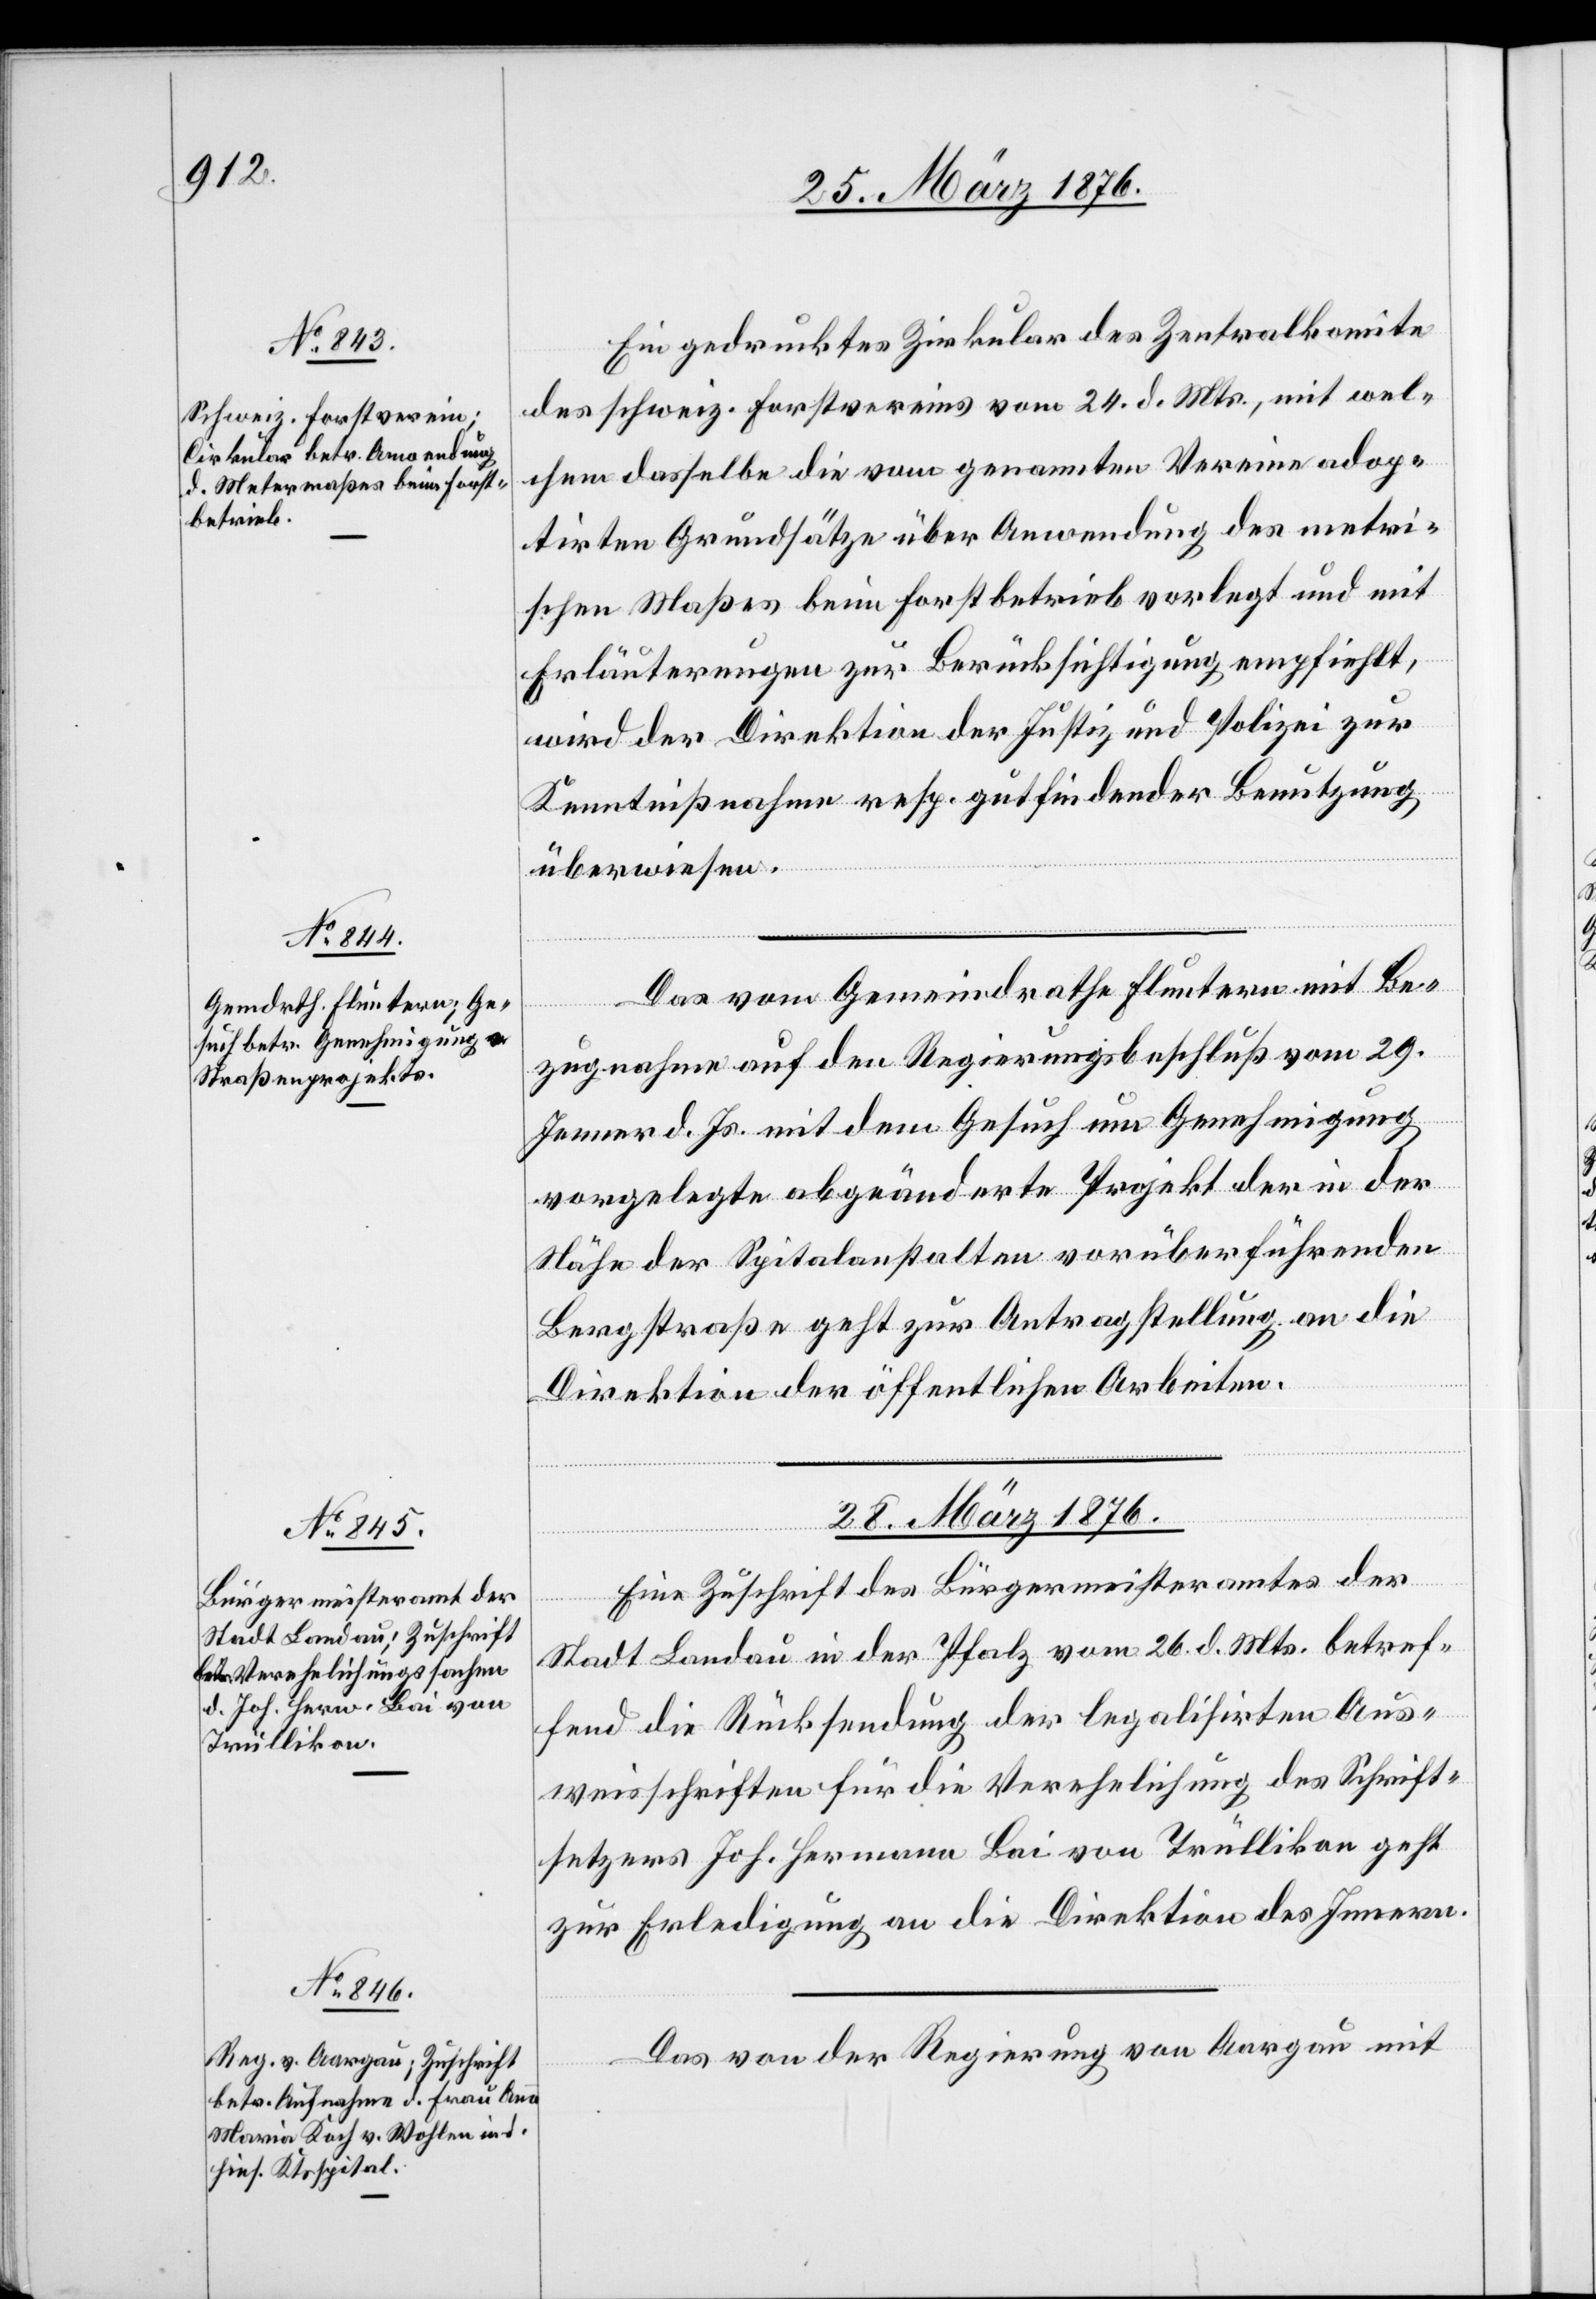
Ein gedrucktes Zirkular des Zentralkomite
des schweiz. Forstvereins vom 24. d. Mts., mit wel¬
chem dasselbe die vom genannten Verein adop¬
tirten Grundsätze über Anwendung des metri¬
schen Maßes beim Forstbetrieb vorlegt und mit
Erläuterungen zu Berücksichtigung empfiehlt,
wird der Direktion der Justiz und Polizei zur
Kenntnißnahme resp. gutfindender Benutzung
überwiesen.
Das vom Gemeindrathe Fluntern mit Be¬
zugnahme auf den Regierungsbeschluß vom 29.
Jenner d. Js. mit dem Gesuch um Genehmigung
vorgelegte abgeänderte Projekt der in der
Höhe der Spitalanstalten vorüberführenden
Bergstraße geht zur Antragstellung an die
Direktion der öffentlichen Arbeiten.
28. März 1876.]
Eine Zuschrift des Bürgermeisteramtes der
Stadt Landau in der Pfalz vom 26. d. Mts. betref¬
fend die Rücksendung der legalisirten Aus¬
weisschriften für die Verehelichung des Schrift¬
setzers Joh. Hermann Bai von Trüllikon geht
zur Erledigung an die Direktion des Innern.
Das von der Regierung von Aargau mit